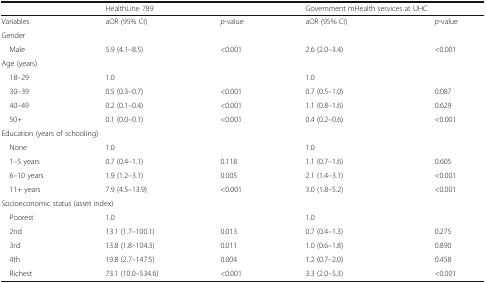
<table><thead><tr><td></td><td colspan="2"><b>HealthLine 789</b></td><td colspan="2"><b>Government mHealth services at UHC</b></td></tr></thead><tbody><tr><td>Variables</td><td>aOR (95% CI)</td><td><i>p</i>-value</td><td>aOR (95% CI)</td><td><i>p</i>-value</td></tr><tr><td colspan="5">Gender</td></tr><tr><td> Male</td><td>5.9 (4.1–8.5)</td><td>&lt;0.001</td><td>2.6 (2.0–3.4)</td><td>&lt;0.001</td></tr><tr><td colspan="5">Age (years)</td></tr><tr><td> 18–29</td><td>1.0</td><td></td><td>1.0</td><td></td></tr><tr><td> 30–39</td><td>0.5 (0.3–0.7)</td><td>&lt;0.001</td><td>0.7 (0.5–1.0)</td><td>0.087</td></tr><tr><td> 40–49</td><td>0.2 (0.1–0.4)</td><td>&lt;0.001</td><td>1.1 (0.8–1.6)</td><td>0.629</td></tr><tr><td> 50+</td><td>0.1 (0.0–0.1)</td><td>&lt;0.001</td><td>0.4 (0.2–0.6)</td><td>&lt;0.001</td></tr><tr><td colspan="5">Education (years of schooling)</td></tr><tr><td> None</td><td>1.0</td><td></td><td>1.0</td><td></td></tr><tr><td> 1–5 years</td><td>0.7 (0.4–1.1)</td><td>0.118</td><td>1.1 (0.7–1.6)</td><td>0.605</td></tr><tr><td> 6–10 years</td><td>1.9 (1.2–3.1)</td><td>0.005</td><td>2.1 (1.4–3.1)</td><td>&lt;0.001</td></tr><tr><td> 11+ years</td><td>7.9 (4.5–13.9)</td><td>&lt;0.001</td><td>3.0 (1.8–5.2)</td><td>&lt;0.001</td></tr><tr><td colspan="5">Socioeconomic status (asset index)</td></tr><tr><td> Poorest</td><td>1.0</td><td></td><td>1.0</td><td></td></tr><tr><td> 2nd</td><td>13.1 (1.7–100.1)</td><td>0.013</td><td>0.7 (0.4–1.3)</td><td>0.275</td></tr><tr><td> 3rd</td><td>13.8 (1.8–104.3)</td><td>0.011</td><td>1.0 (0.6–1.8)</td><td>0.890</td></tr><tr><td> 4th</td><td>19.8 (2.7–147.5)</td><td>0.004</td><td>1.2 (0.7–2.0)</td><td>0.458</td></tr><tr><td> Richest</td><td>73.1 (10.0–534.6)</td><td>&lt;0.001</td><td>3.3 (2.0–5.3)</td><td>&lt;0.001</td></tr></tbody></table>